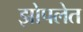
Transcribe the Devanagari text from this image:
झोपलेत